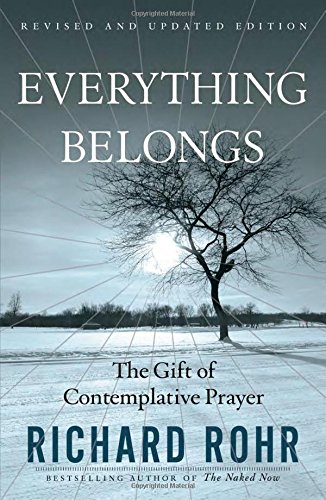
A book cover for Everything Belongs: The Gift of Contemplative Prayer; Richard Rohr; Christian Books & Bibles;